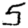
Digit: 5